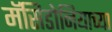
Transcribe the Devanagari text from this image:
मॅसिडोनियाच्या